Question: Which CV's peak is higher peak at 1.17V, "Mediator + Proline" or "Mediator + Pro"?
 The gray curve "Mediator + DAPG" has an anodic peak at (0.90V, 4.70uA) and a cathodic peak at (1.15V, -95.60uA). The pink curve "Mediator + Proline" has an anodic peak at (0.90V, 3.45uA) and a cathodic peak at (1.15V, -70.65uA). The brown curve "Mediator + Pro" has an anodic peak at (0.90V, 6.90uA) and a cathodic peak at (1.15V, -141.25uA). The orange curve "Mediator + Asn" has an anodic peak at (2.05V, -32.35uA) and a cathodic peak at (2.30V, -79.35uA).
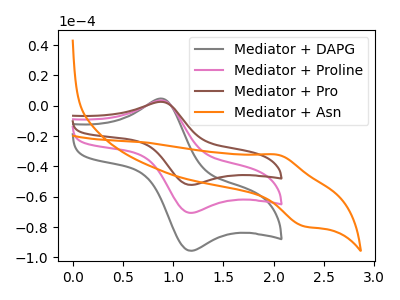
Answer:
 <answer>The peak at 1.17V is lower in "Mediator + Proline" than in "Mediator + Pro".</answer>
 <eval>lower</eval>